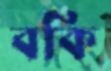
বকি